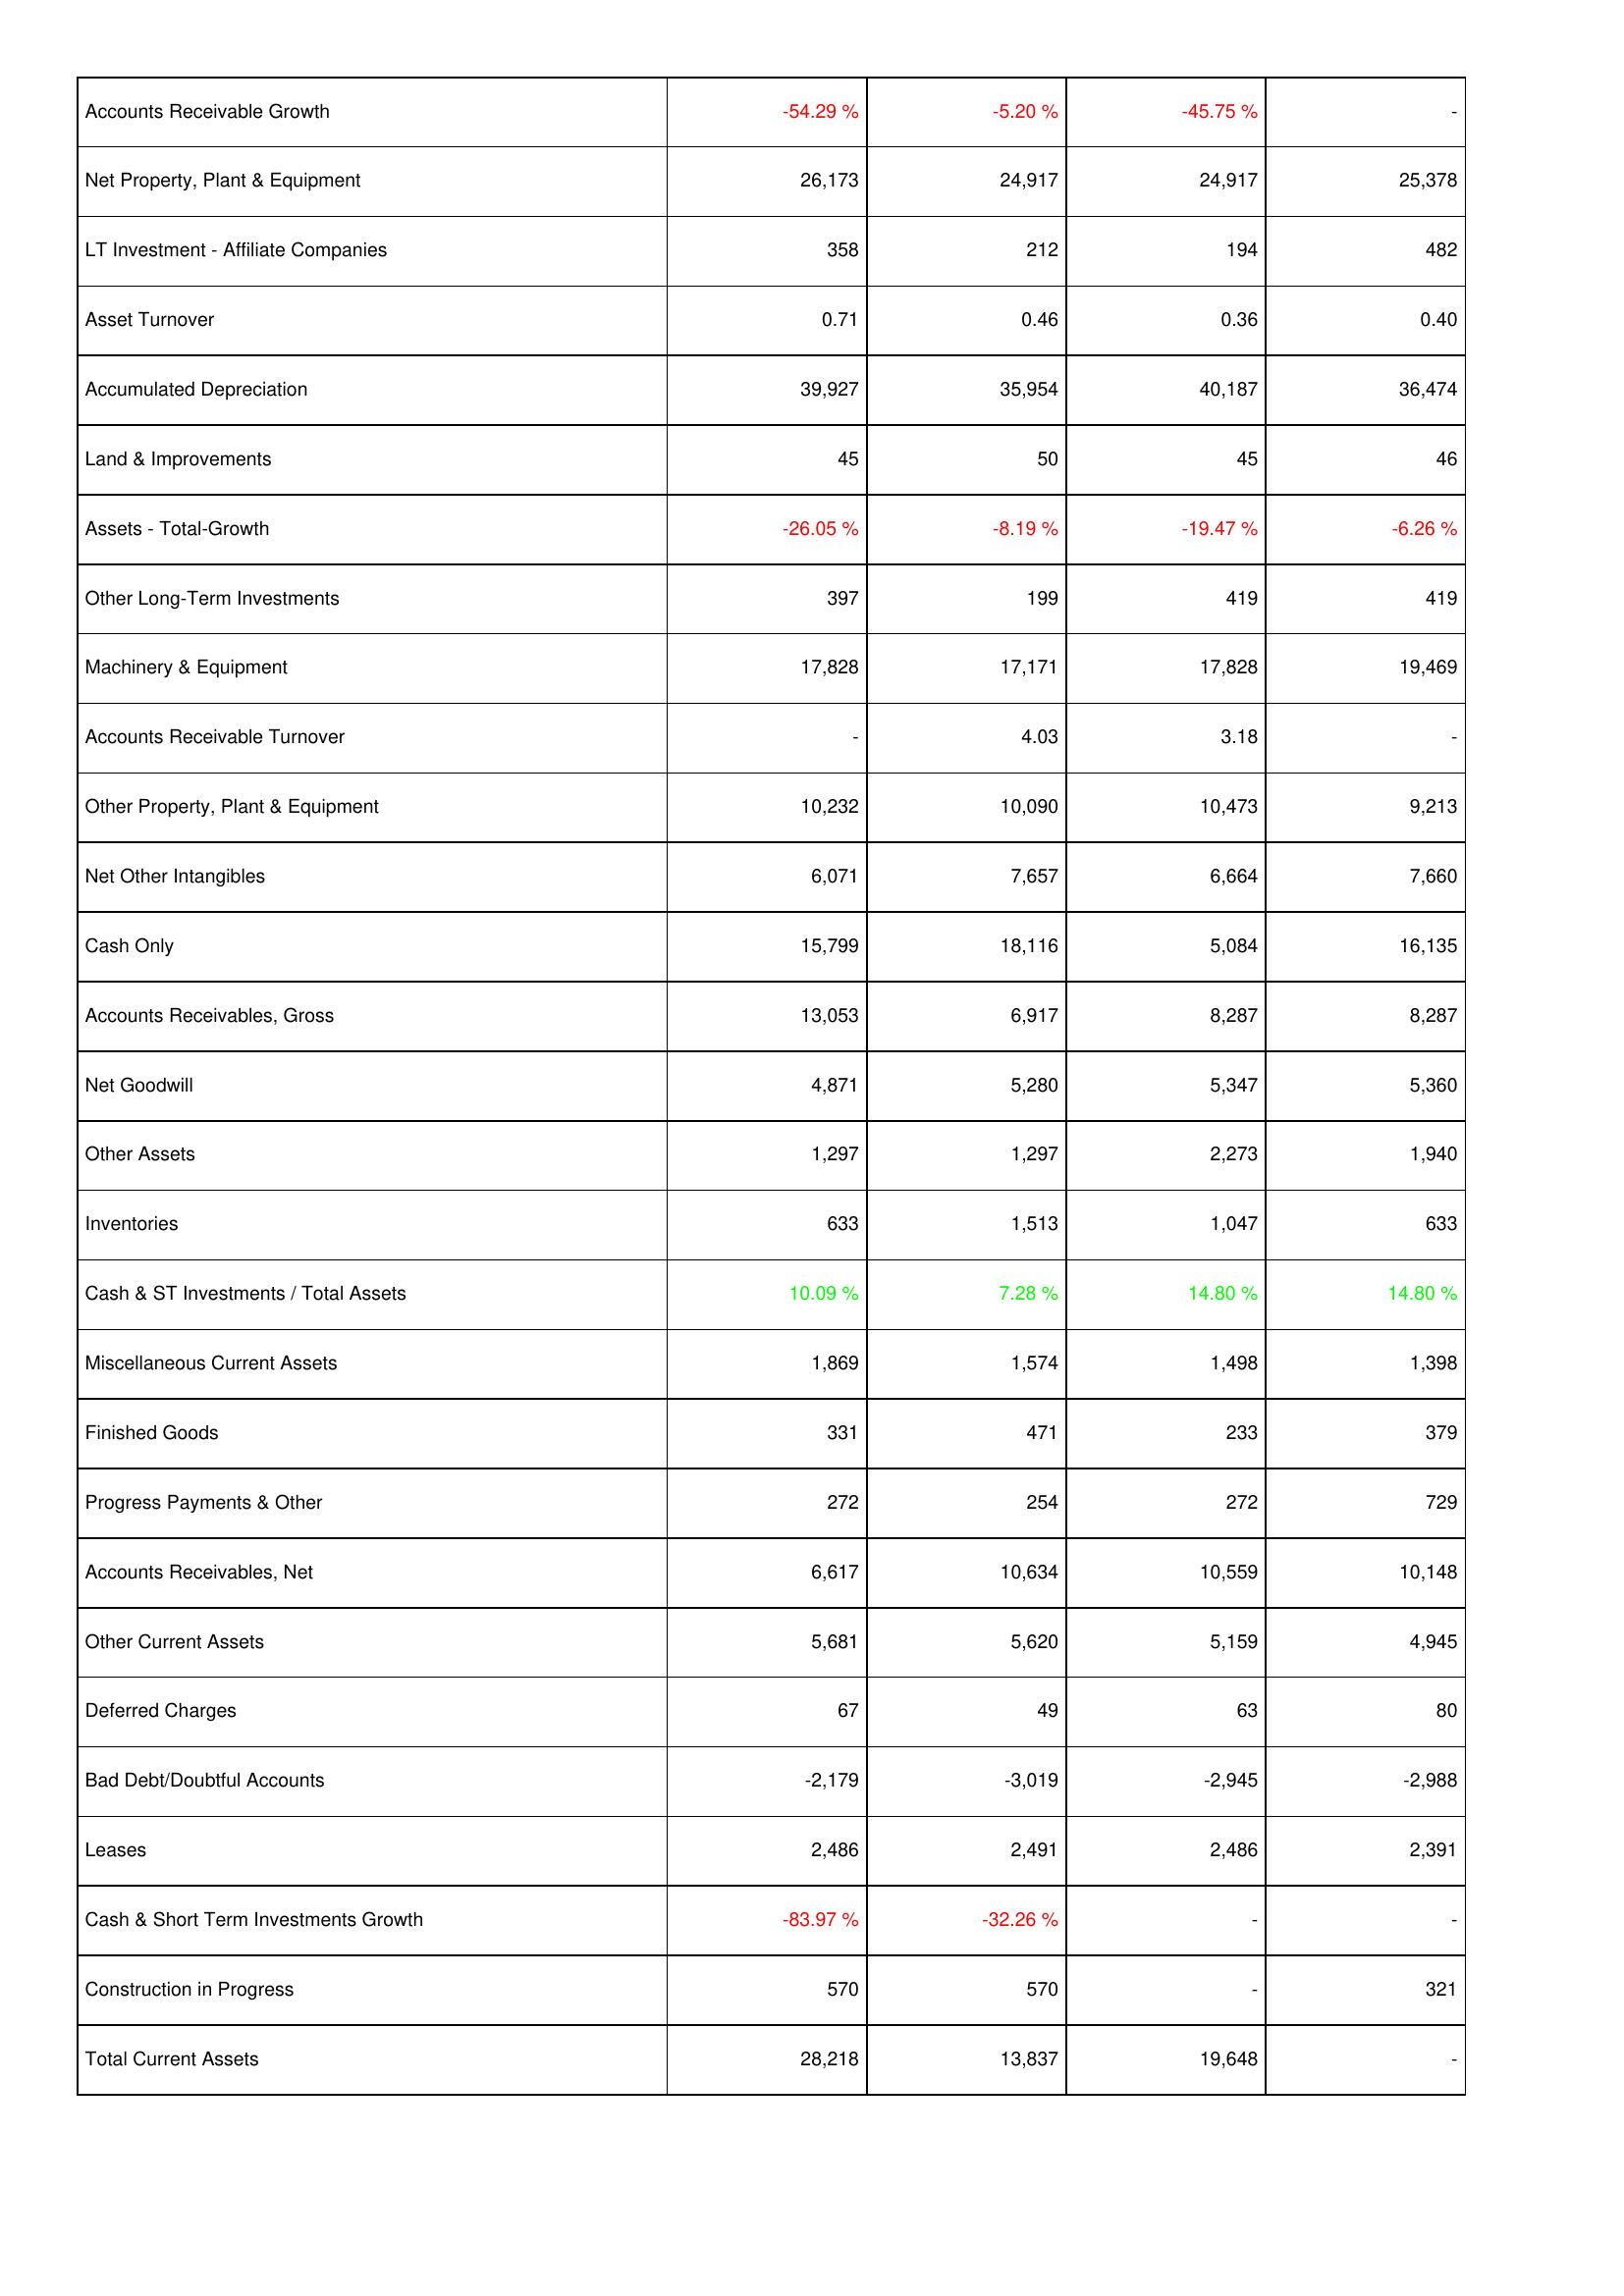
2012: Assets: Accounts Receivable Growth: -54.29 %
Net Property, Plant & Equipment: 26,173
LT Investment - Affiliate Companies: 358
Asset Turnover: 0.71
Accumulated Depreciation: 39,927
Land & Improvements: 45
Assets - Total-Growth: -26.05 %
Other Long-Term Investments: 397
Machinery & Equipment: 17,828
Accounts Receivable Turnover: -
Other Property, Plant & Equipment: 10,232
Net Other Intangibles: 6,071
Cash Only: 15,799
Accounts Receivables, Gross: 13,053
Net Goodwill: 4,871
Other Assets: 1,297
Inventories: 633
Cash & ST Investments / Total Assets: 10.09 %
Miscellaneous Current Assets: 1,869
Finished Goods: 331
Progress Payments & Other: 272
Accounts Receivables, Net: 6,617
Other Current Assets: 5,681
Deferred Charges: 67
Bad Debt/Doubtful Accounts: -2,179
Leases: 2,486
Cash & Short Term Investments Growth: -83.97 %
Construction in Progress: 570
Total Current Assets: 28,218
2011: Assets: Accounts Receivable Growth: -5.20 %
Net Property, Plant & Equipment: 24,917
LT Investment - Affiliate Companies: 212
Asset Turnover: 0.46
Accumulated Depreciation: 35,954
Land & Improvements: 50
Assets - Total-Growth: -8.19 %
Other Long-Term Investments: 199
Machinery & Equipment: 17,171
Accounts Receivable Turnover: 4.03
Other Property, Plant & Equipment: 10,090
Net Other Intangibles: 7,657
Cash Only: 18,116
Accounts Receivables, Gross: 6,917
Net Goodwill: 5,280
Other Assets: 1,297
Inventories: 1,513
Cash & ST Investments / Total Assets: 7.28 %
Miscellaneous Current Assets: 1,574
Finished Goods: 471
Progress Payments & Other: 254
Accounts Receivables, Net: 10,634
Other Current Assets: 5,620
Deferred Charges: 49
Bad Debt/Doubtful Accounts: -3,019
Leases: 2,491
Cash & Short Term Investments Growth: -32.26 %
Construction in Progress: 570
Total Current Assets: 13,837
2010: Assets: Accounts Receivable Growth: -45.75 %
Net Property, Plant & Equipment: 24,917
LT Investment - Affiliate Companies: 194
Asset Turnover: 0.36
Accumulated Depreciation: 40,187
Land & Improvements: 45
Assets - Total-Growth: -19.47 %
Other Long-Term Investments: 419
Machinery & Equipment: 17,828
Accounts Receivable Turnover: 3.18
Other Property, Plant & Equipment: 10,473
Net Other Intangibles: 6,664
Cash Only: 5,084
Accounts Receivables, Gross: 8,287
Net Goodwill: 5,347
Other Assets: 2,273
Inventories: 1,047
Cash & ST Investments / Total Assets: 14.80 %
Miscellaneous Current Assets: 1,498
Finished Goods: 233
Progress Payments & Other: 272
Accounts Receivables, Net: 10,559
Other Current Assets: 5,159
Deferred Charges: 63
Bad Debt/Doubtful Accounts: -2,945
Leases: 2,486
Cash & Short Term Investments Growth: -
Construction in Progress: -
Total Current Assets: 19,648
2009: Assets: Accounts Receivable Growth: -
Net Property, Plant & Equipment: 25,378
LT Investment - Affiliate Companies: 482
Asset Turnover: 0.40
Accumulated Depreciation: 36,474
Land & Improvements: 46
Assets - Total-Growth: -6.26 %
Other Long-Term Investments: 419
Machinery & Equipment: 19,469
Accounts Receivable Turnover: -
Other Property, Plant & Equipment: 9,213
Net Other Intangibles: 7,660
Cash Only: 16,135
Accounts Receivables, Gross: 8,287
Net Goodwill: 5,360
Other Assets: 1,940
Inventories: 633
Cash & ST Investments / Total Assets: 14.80 %
Miscellaneous Current Assets: 1,398
Finished Goods: 379
Progress Payments & Other: 729
Accounts Receivables, Net: 10,148
Other Current Assets: 4,945
Deferred Charges: 80
Bad Debt/Doubtful Accounts: -2,988
Leases: 2,391
Cash & Short Term Investments Growth: -
Construction in Progress: 321
Total Current Assets: -